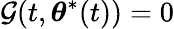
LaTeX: \mathcal{G}(t,{\boldsymbol{\theta}}^{*}(t))=0